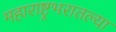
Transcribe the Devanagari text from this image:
महाराष्ट्रभरातल्या